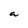
Character: a